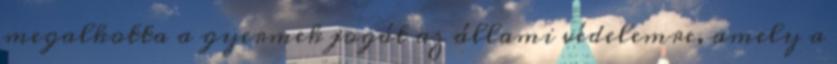
megalkotta a gyermek jogát az állami védelemre, amely a